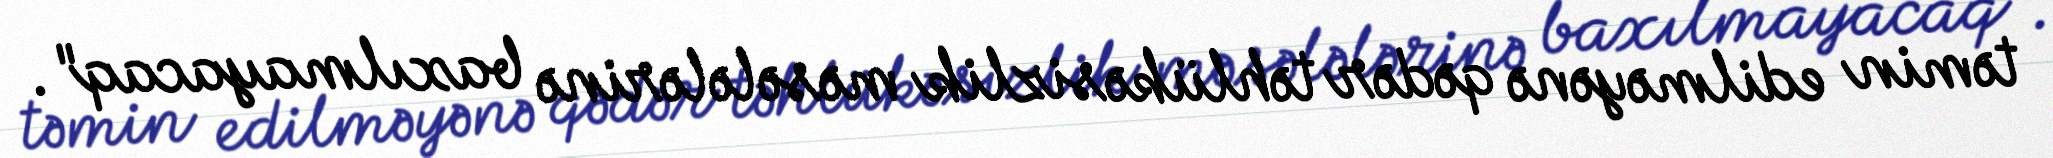
təmin edilməyənə qədər təhlükəsizlik məsələlərinə baxılmayacaq".